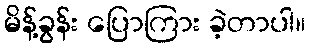
မိန့်ခွန်း ပြောကြား ခဲ့တာပါ။